Report of the Indian Hemp Drugs Commission, 1894-1895 - Volume VI
Year: 1894
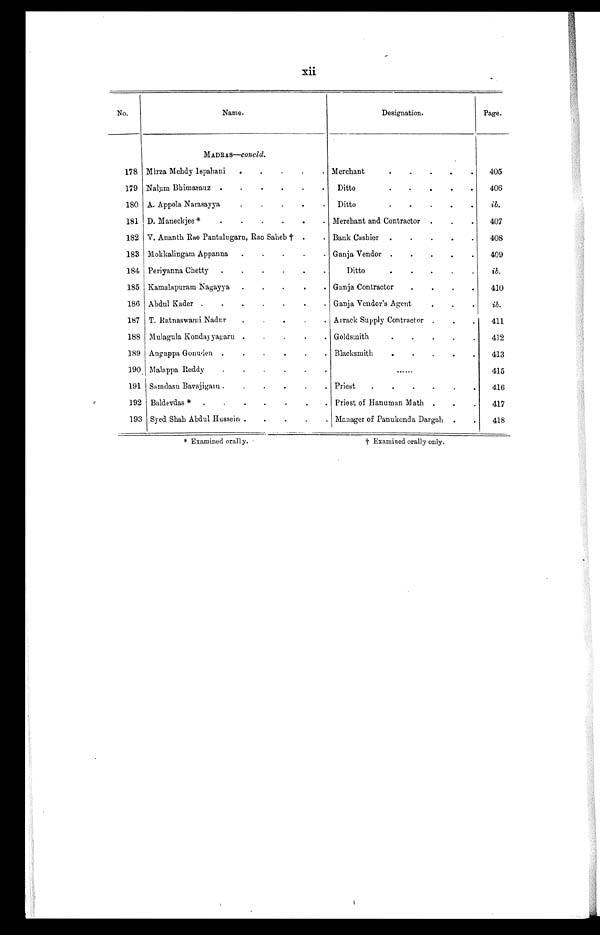
*
E x a m i n e d o r a l l y .
† Examined orally only.
xii
No.
Name.
Designation.
Page.
M A D R A S — C O N C L D .
178 Mirza Mehdy Ispahani
. . . Merchant . . .
405
179 Nalum= Bhimarauz . . . Ditto . . .
406
180 A. Appola Narasayya
. . . Ditto . . .
ib .
181 D. Maneckjee *
.
.
.
Merchant and Contractor
. . .
407
182 V. Ananth Rao Pantalugaru, Rao Saheb † . . . Bank Cashier
. . .
408
183 Mokkalingam Appanna . . . Ganja Vendor . . .
409
184 Periyanna Chetty
. . .
Ditto . . .
ib.
185 Kamalapuram Nagayya
. . . Ganja Contractor
. . .
410
186 Abdul Kader
. . . Ganja Vendor's Agent
. . .
ib.
187 T. Ratnaswami Nadur
. . . Arrack Supply Contractor . . .
411
188 Mulagula Kondayyagaru
. . . Goldsmith
. . .
412
189 Angappa Gonuden
. . . Blacksmith
. . .
413
190 Malappa Reddy
. . .
. . . . . .
415
191 Samdasu Bavajigaru . . . Priest
. . .
416
192 Baldevdas *
. . .
Priest of Hanuman Math . . .
417
193 Syed Shah Abdul Hussein . . . Manager of Panukonda Dargah . . .
418